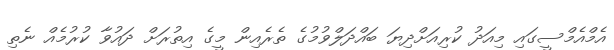
އެމްއެމްސީގައި މިއަދު ކުރިއަށްދިޔަ ބައްދަލްވުމުގެ ތެރެއިން މީގެ އިތުރަށް ދައުވާ ކުރުމެއް ނެތި